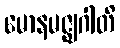
မောနမဇ္ဈဂါတိ